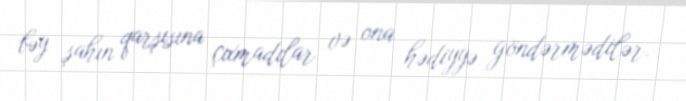
bəy şahın qarşısına çıxmadılar və ona hədiyyə göndərmədilər.